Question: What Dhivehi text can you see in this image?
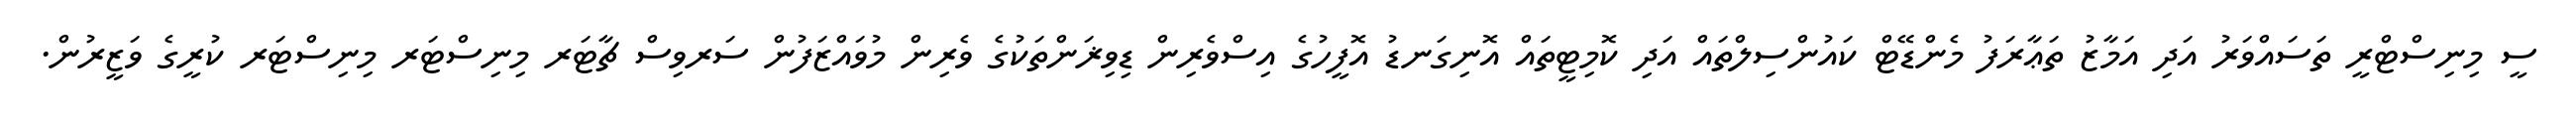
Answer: ސީ މިނިސްޓްރީ ތަސައްވަރު އަދި އަމާޒު ތަޢާރަފު މެންޑޭޓް ކައުންސިލްތައް އަދި ކޮމިޓީތައް އޮނިގަނޑު އޮފީހުގެ އިސްވެރިން ޑިވިޜަންތަކުގެ ވެރިން މުވައްޒަފުން ސަރވިސް ޗާޓަރ މިނިސްޓަރ މިނިސްޓަރ ކުރީގެ ވަޒީރުން.